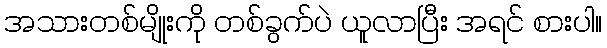
အသားတစ်မျိုးကို တစ်ခွက်ပဲ ယူလာပြီး အရင် စားပါ။